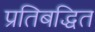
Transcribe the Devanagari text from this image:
प्रतिबद्धित